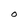
Character: O